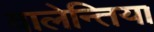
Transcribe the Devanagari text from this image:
वालेन्तिया